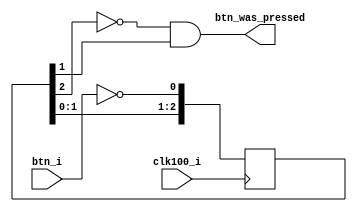
module button_sync (
  input   clk100_i,
  input   btn_i,
  output  btn_was_pressed
);


reg  [2:0] btn_start_sync;

always @( posedge clk100_i )
begin
  btn_start_sync[0] <= ~btn_i;
  btn_start_sync[1] <= btn_start_sync[0];
  btn_start_sync[2] <= btn_start_sync[1];
end
assign btn_was_pressed = ~btn_start_sync[2] & btn_start_sync[1];

endmodule